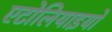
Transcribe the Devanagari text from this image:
एटोलियाइयों